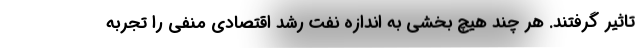
تاثیر گرفتند. هر چند هیچ بخشی به اندازه نفت رشد اقتصادی منفی را تجربه